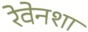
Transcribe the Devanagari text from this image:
रेवेनशा